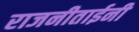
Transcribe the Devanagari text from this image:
राजनीताईनी